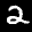
Label: 2